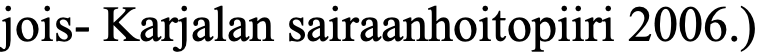
jois- Karjalan sairaanhoitopiiri 2006.)